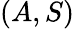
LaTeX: (A,S)